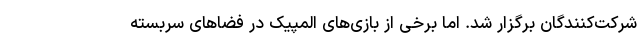
شرکت‌کنندگان برگزار شد. اما برخی از بازی‌های المپیک در فضاهای سربسته